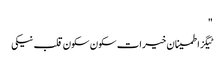
"
ٹیگزاطمینان خیرات سکون سکون قلب نیکی